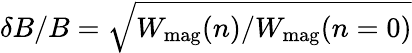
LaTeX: \delta B/B=\sqrt{W_{\mathrm{mag}}(n)/W_{\mathrm{mag}}(n=0)}